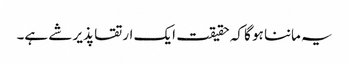
یہ ماننا ہو گا کہ حقیقت ایک ارتقا پذیر شے ہے۔